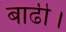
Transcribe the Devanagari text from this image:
बाढी।